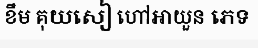
ខឹម គុយសៀ ហៅអាយួន ភេទ